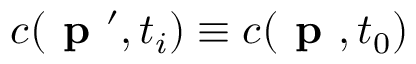
c ( \textbf { p } ^ { \prime } , t _ { i } ) \equiv c ( \textbf { p } , t _ { 0 } )